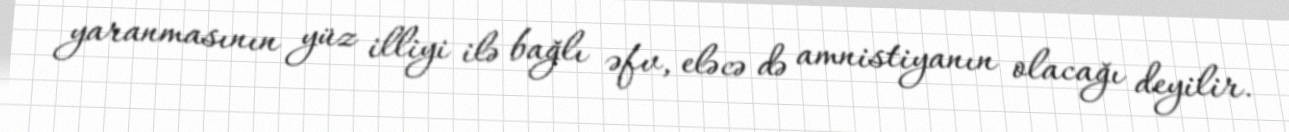
yaranmasının yüz illiyi ilə bağlı əfv, eləcə də amnistiyanın olacağı deyilir.